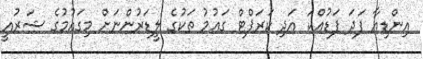
އިންޑިއާ ފަދަ ފަޑުއްކަ އަދި ކަރަޕްޓް ގައުމު ތަކުގެ ލީޑަރުންނަށް މިގައުމުގެ ޝަރުއީ